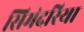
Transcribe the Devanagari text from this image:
सिमंदरिया